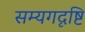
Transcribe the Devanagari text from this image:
सम्यगदृष्टि